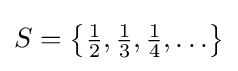
S=\left\{{\tfrac {1}{2}},{\tfrac {1}{3}},{\tfrac {1}{4}},\ldots \right\}